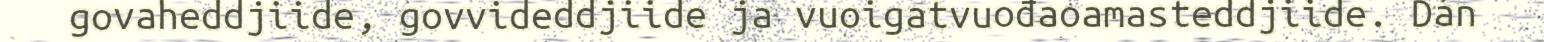
govaheddjiide, govvideddjiide ja vuoigatvuođaoamasteddjiide. Dán